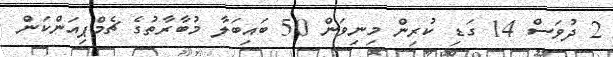
2 ދުވަސް 14 ގަޑި ކުރިން މިނިވަން 50 ބައިބަލާ މުބާރާތުގެ ޗެމްޕިއަންކަން